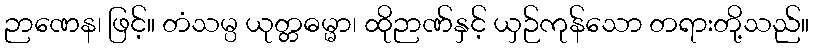
ဉာဏေန၊ ဖြင့်။ တံသမ္ပ ယုတ္တဓမ္မာ၊ ထိုဉာဏ်နှင့် ယှဉ်ကုန်သော တရားတို့သည်။